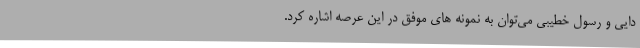
دایی و رسول خطیبی می‌توان به نمونه های موفق در این عرصه اشاره کرد.